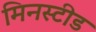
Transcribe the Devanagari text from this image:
मिनस्टीड